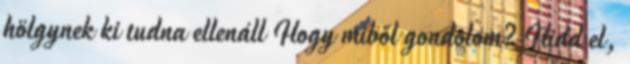
hölgynek ki tudna ellenáll Hogy miből gondolom? Hidd el,